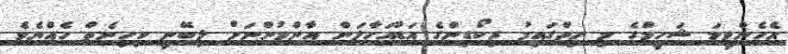
އެހެންވީމަ ޝަހީމްގެ މި ހިތްގައިމު ރިކޯޑިންގެ އަޑުއަހާލަން އާންމުންނަށް ލިބޭނީ ކިހިނެތް ހެއްޔެވެ